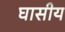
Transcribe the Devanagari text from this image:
घासीय